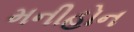
મનીહોન